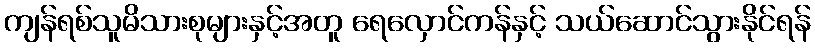
ကျန်ရစ်သူမိသားစုများနှင့်အတူ ရေလှောင်ကန်နှင့် သယ်ဆောင်သွားနိုင်ရန်